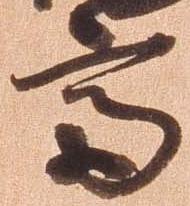
斎